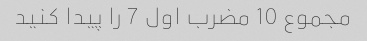
مجموع 10 مضرب اول 7 را پیدا کنید